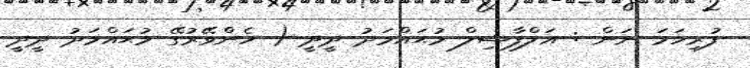
ފުރިހަމަ ނަން : އަލްފާޟިލް މުޙައްމަދު ދީދީ ( ހެންވޭރުގޭ މުޙައްމަދު ދީދީ